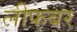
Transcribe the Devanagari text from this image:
लीफबर